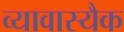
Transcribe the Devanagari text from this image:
व्यावास्यैक